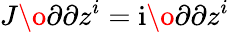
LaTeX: J\o{\partial}{\partial z^{i}}=\mathrm{i}\o{\partial}{\partial z^{i}}